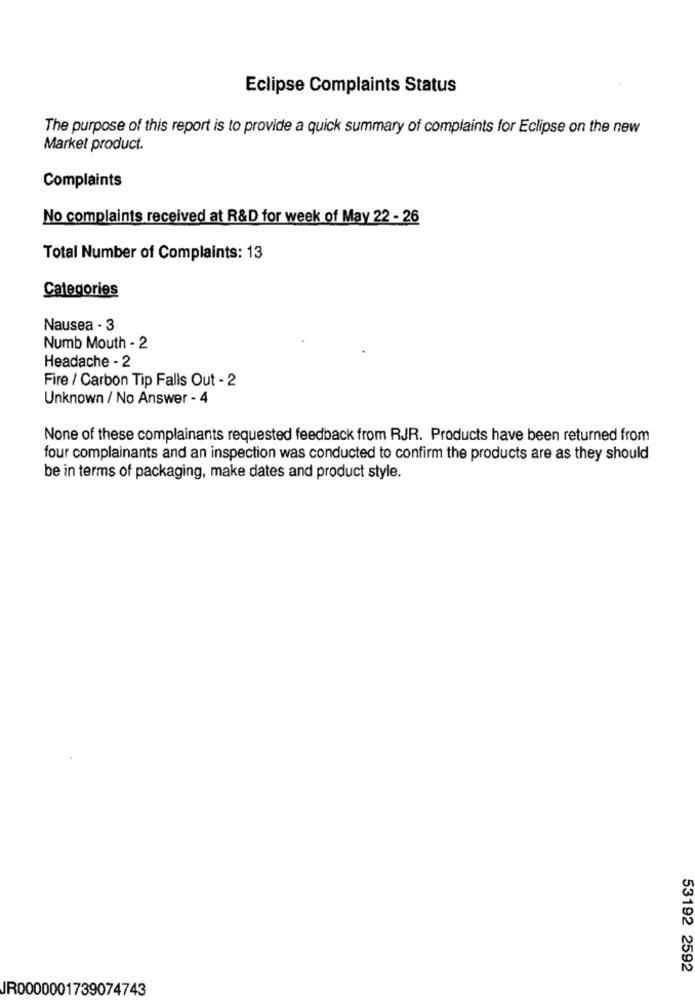
Eclipse Complaints Status
The purpose of this report is to provide a quick summary of complaints for Eclipse on the new
Market product.
Complaints
No complaints received at R&D for week of May 22 - 26
Total Number of Complaints: 13
Categories
Nausea - 3
Numb Mouth - 2
Headache - 2
Fire / Carbon Tip Falls Out - 2
Unknown / No Answer - 4
None of these complainants requested feedback from RJR. Products have been returned from
four complainants and an inspection was conducted to confirm the products are as they should
be in terms of packaging, make dates and product style.
53192 2592
JR0000001739074743